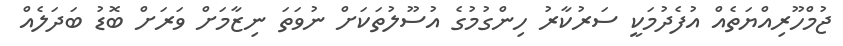
ޖުމްހޫރިއްޔަތެއް އުފެދުމަކީ ސަރުކާރު ހިންގުމުގެ އުސޫލުތަކަށް ނުވަތަ ނިޒާމަށް ވަރަށް ބޮޑު ބަދަލެއް